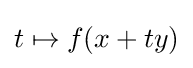
t\mapsto f(x+ty)